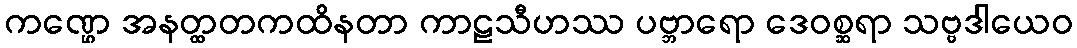
ကဏ္ဌေ အနတ္ထတကထိနတာ ကာဠသီဟဿ ပဗ္ဘာရော ဒေဝစ္ဆရာ သဗ္ဗဒါယေဝ